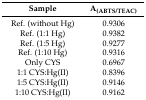
<table><thead><tr><td><b>Sample</b></td><td><b>A<sub>(ABTS/TEAC)</sub></b></td></tr></thead><tbody><tr><td>Ref. (without Hg)</td><td>0.9306</td></tr><tr><td>Ref. (1:1 Hg)</td><td>0.9382</td></tr><tr><td>Ref. (1:5 Hg)</td><td>0.9277</td></tr><tr><td>Ref. (1:10 Hg)</td><td>0.9316</td></tr><tr><td>Only CYS</td><td>0.6967</td></tr><tr><td>1:1 CYS:Hg(II)</td><td>0.8396</td></tr><tr><td>1:5 CYS:Hg(II)</td><td>0.9146</td></tr><tr><td>1:10 CYS:Hg(II)</td><td>0.9162</td></tr></tbody></table>